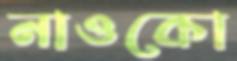
নাওকো